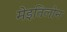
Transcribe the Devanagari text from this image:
मेइतिलोन